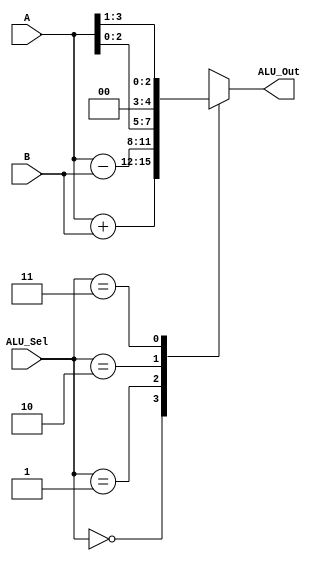
module alu(
           input [3:0] A,B,  // ALU 8-bit Inputs
           input [1:0] ALU_Sel,// ALU Selection
           output [3:0] ALU_Out // ALU 8-bit Output
    );
    reg [3:0] ALU_Result;
    assign ALU_Out = ALU_Result; // ALU out
    always @(*)
    begin
        case(ALU_Sel)
        2'b00: // Addition
           ALU_Result = A + B ;
        2'b01: // Subtraction
           ALU_Result = A - B ;
        2'b10: // Logical shift left
           ALU_Result = A<<1;
        2'b11: // Logical shift right
           ALU_Result = A>>1;
        endcase
    end

endmodule